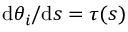
\mathrm { d } \theta _ { i } / \mathrm { d } s = \tau ( s )